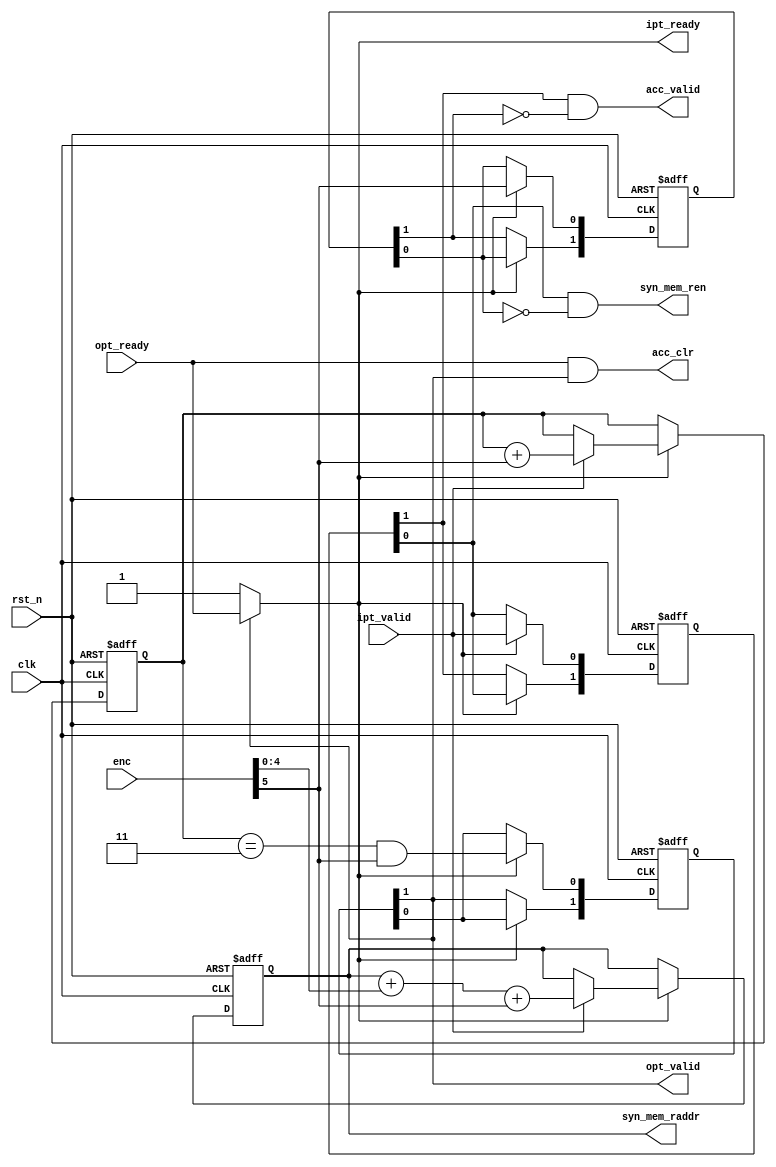
module synaptic_ctrl #(
    parameter N = 128,
    parameter WID = 8,
    parameter MWID = 12,
    parameter ADDRWID = $clog2(N)
)(
    input clk, rst_n,

    input [5:0] enc,
    input [0:0] ipt_valid,
    output      ipt_ready,
    
    output syn_mem_ren,
    output [ADDRWID-1:0] syn_mem_raddr,
    // input [WID-1:0] syn_mem_out,

    output acc_clr,
    output acc_valid,

    output opt_valid,
    input opt_ready
    // output reg [MWID-1:0] opt_syn
);

    localparam ENC_WID = 6;

    wire opt_hsk = opt_ready&opt_valid;
    wire ipt_hsk = ipt_ready&ipt_valid;

    assign ipt_ready = opt_valid ? opt_ready:1'b1;

    // reg [7:0] mem[N-1:0];
    reg [ADDRWID-1:0] mem_addr;
    assign syn_mem_raddr = mem_addr;
    wire mem_ren;
    assign syn_mem_ren = mem_ren;
    // wire [WID-1:0] mem_out;
    // assign mem_out = syn_mem_out;
    
    // always @(posedge clk , negedge rst_n) begin
    //     if (rst_n==1'b0) begin
    //         mem_out <= 0;
    //     end else begin
    //         if (mem_ren) begin
    //             mem_out <= mem[mem_addr];
    //         end
    //     end
    // end
    
    // integer i;
    // initial begin
    //     for (i = 0; i<N; i=i+1) begin
    //         mem[i] = i;
    //     end
    // end
    
    localparam IT_NUM = N/32;  //NENC_WID
    localparam CNT_WID = $clog2(IT_NUM);
    reg [CNT_WID-1:0] cnt;
    
    reg [1:0] ipt_valid_delay;
    reg [1:0] end_flag_delay;
    always @(posedge clk , negedge rst_n) begin
        if (rst_n == 1'b0) begin
            ipt_valid_delay <= 0;
            end_flag_delay <= 0;
        end else if(ipt_ready) begin
            ipt_valid_delay[0] <= ipt_valid;
            ipt_valid_delay[1] <= ipt_valid_delay[0];
            
            end_flag_delay[0] <= enc[ENC_WID-1];
            end_flag_delay[1] <= end_flag_delay[0];
        end
    end
    
    assign mem_ren = ipt_valid_delay[0]&end_flag_delay[0]==0;

    always @(posedge clk , negedge rst_n) begin
        if (rst_n == 1'b0) begin
            mem_addr <= 0;
        end else if(ipt_ready) begin
            mem_addr <= ipt_valid ? mem_addr + enc[ENC_WID-2:0] + enc[ENC_WID-1]: mem_addr;
        end
    end
    
    
    always @(posedge clk , negedge rst_n) begin
        if (rst_n == 1'b0) begin
            cnt <= 0;
        end else if(ipt_ready) begin
            cnt <= ipt_valid ? cnt + enc[ENC_WID-1]: cnt;
        end
    end


    reg [1:0] opt_valid_delay;
    assign opt_valid = opt_valid_delay[1];
    always @(posedge clk , negedge rst_n) begin
        if (rst_n == 1'b0) begin
            opt_valid_delay = 0;
        end else if(ipt_ready) begin
            opt_valid_delay[0] <= cnt == {CNT_WID{1'b1}} & enc[ENC_WID-1];
            opt_valid_delay[1] <= opt_valid_delay[0];
        end
    end
    
    // always @(posedge clk, negedge rst_n) begin
    //     if (rst_n == 1'b0) begin
    //         opt_syn <= 0;
    //     end else begin
    //         if(opt_hsk)begin
    //             opt_syn <= 0;
    //         end else begin
    //             opt_syn <= ipt_valid_delay[1]&end_flag_delay[1]==0 ? opt_syn + mem_out:opt_syn;
    //         end
    //     end
    // end

    assign acc_clr = opt_hsk;
    assign acc_valid = ipt_valid_delay[1]&end_flag_delay[1]==0;

endmodule